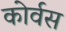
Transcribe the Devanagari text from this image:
कोर्वस